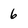
Character: 6